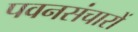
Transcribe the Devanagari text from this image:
पवनसंचारों